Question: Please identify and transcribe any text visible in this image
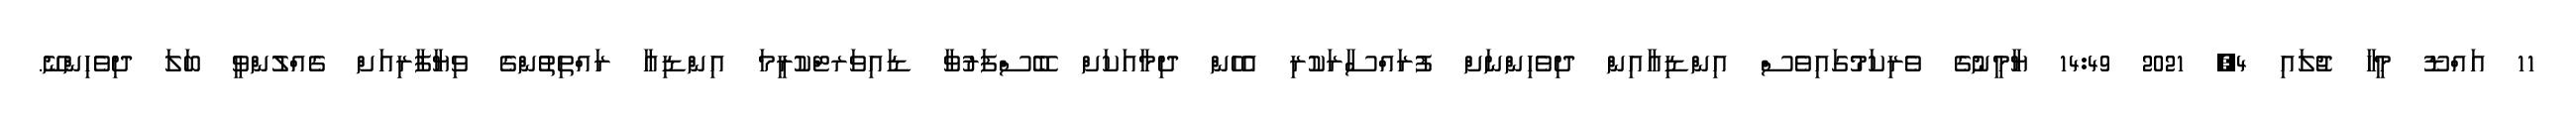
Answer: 11 އައްޑޫ މީހާ ޖުލައި 4, 2021 14:49 ޔާމީނުގެ ވެރިކަމުގައިވެސް އިންޑިއާއިން ދިވެހިންނަށް ފުރައްސާރަކުރި އެހެން ދިމާއަކަށް ބޭސްފަރުވާ ޑައިވަރޓްކުރީމަ އިންޑިއާ ރައްތިތުންގެ ވިޔާފާރިއަށް ގެއްލުންވީ ބަލަ ދިވެހިންނޭ.